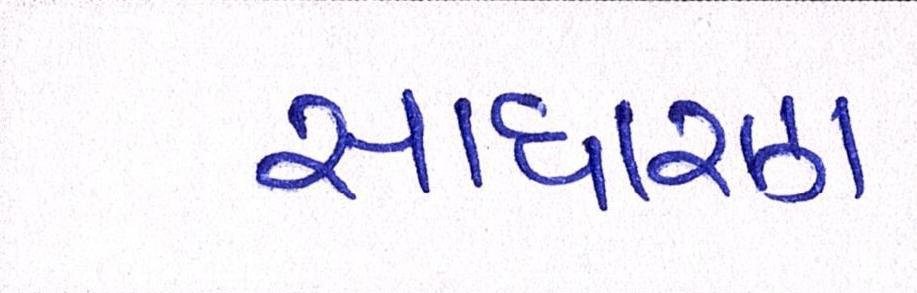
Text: સાધારણ